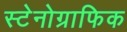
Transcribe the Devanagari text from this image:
स्टेनोग्राफिक